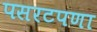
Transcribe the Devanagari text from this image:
पसरटपणा